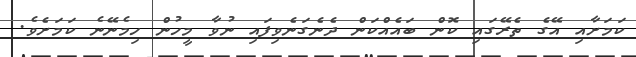
ކަމަށާއި އޭގެ ތެރޭގައި ކޮން ބައެއްކަން ދެނެގަނެވިފައި ނުވާ މީހުން ހިމެނޭނެ ކަމަށެވެ.